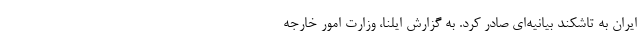
ایران به تاشکند بیانیه‌ای صادر کرد‌. به گزارش ایلنا، وزارت امور خارجه